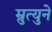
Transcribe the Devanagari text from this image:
म्रुत्युने